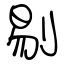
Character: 剔